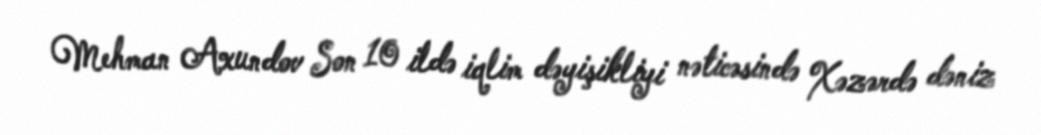
Mehman Axundov Son 10 ildə iqlim dəyişikliyi nəticəsində Xəzərdə dəniz